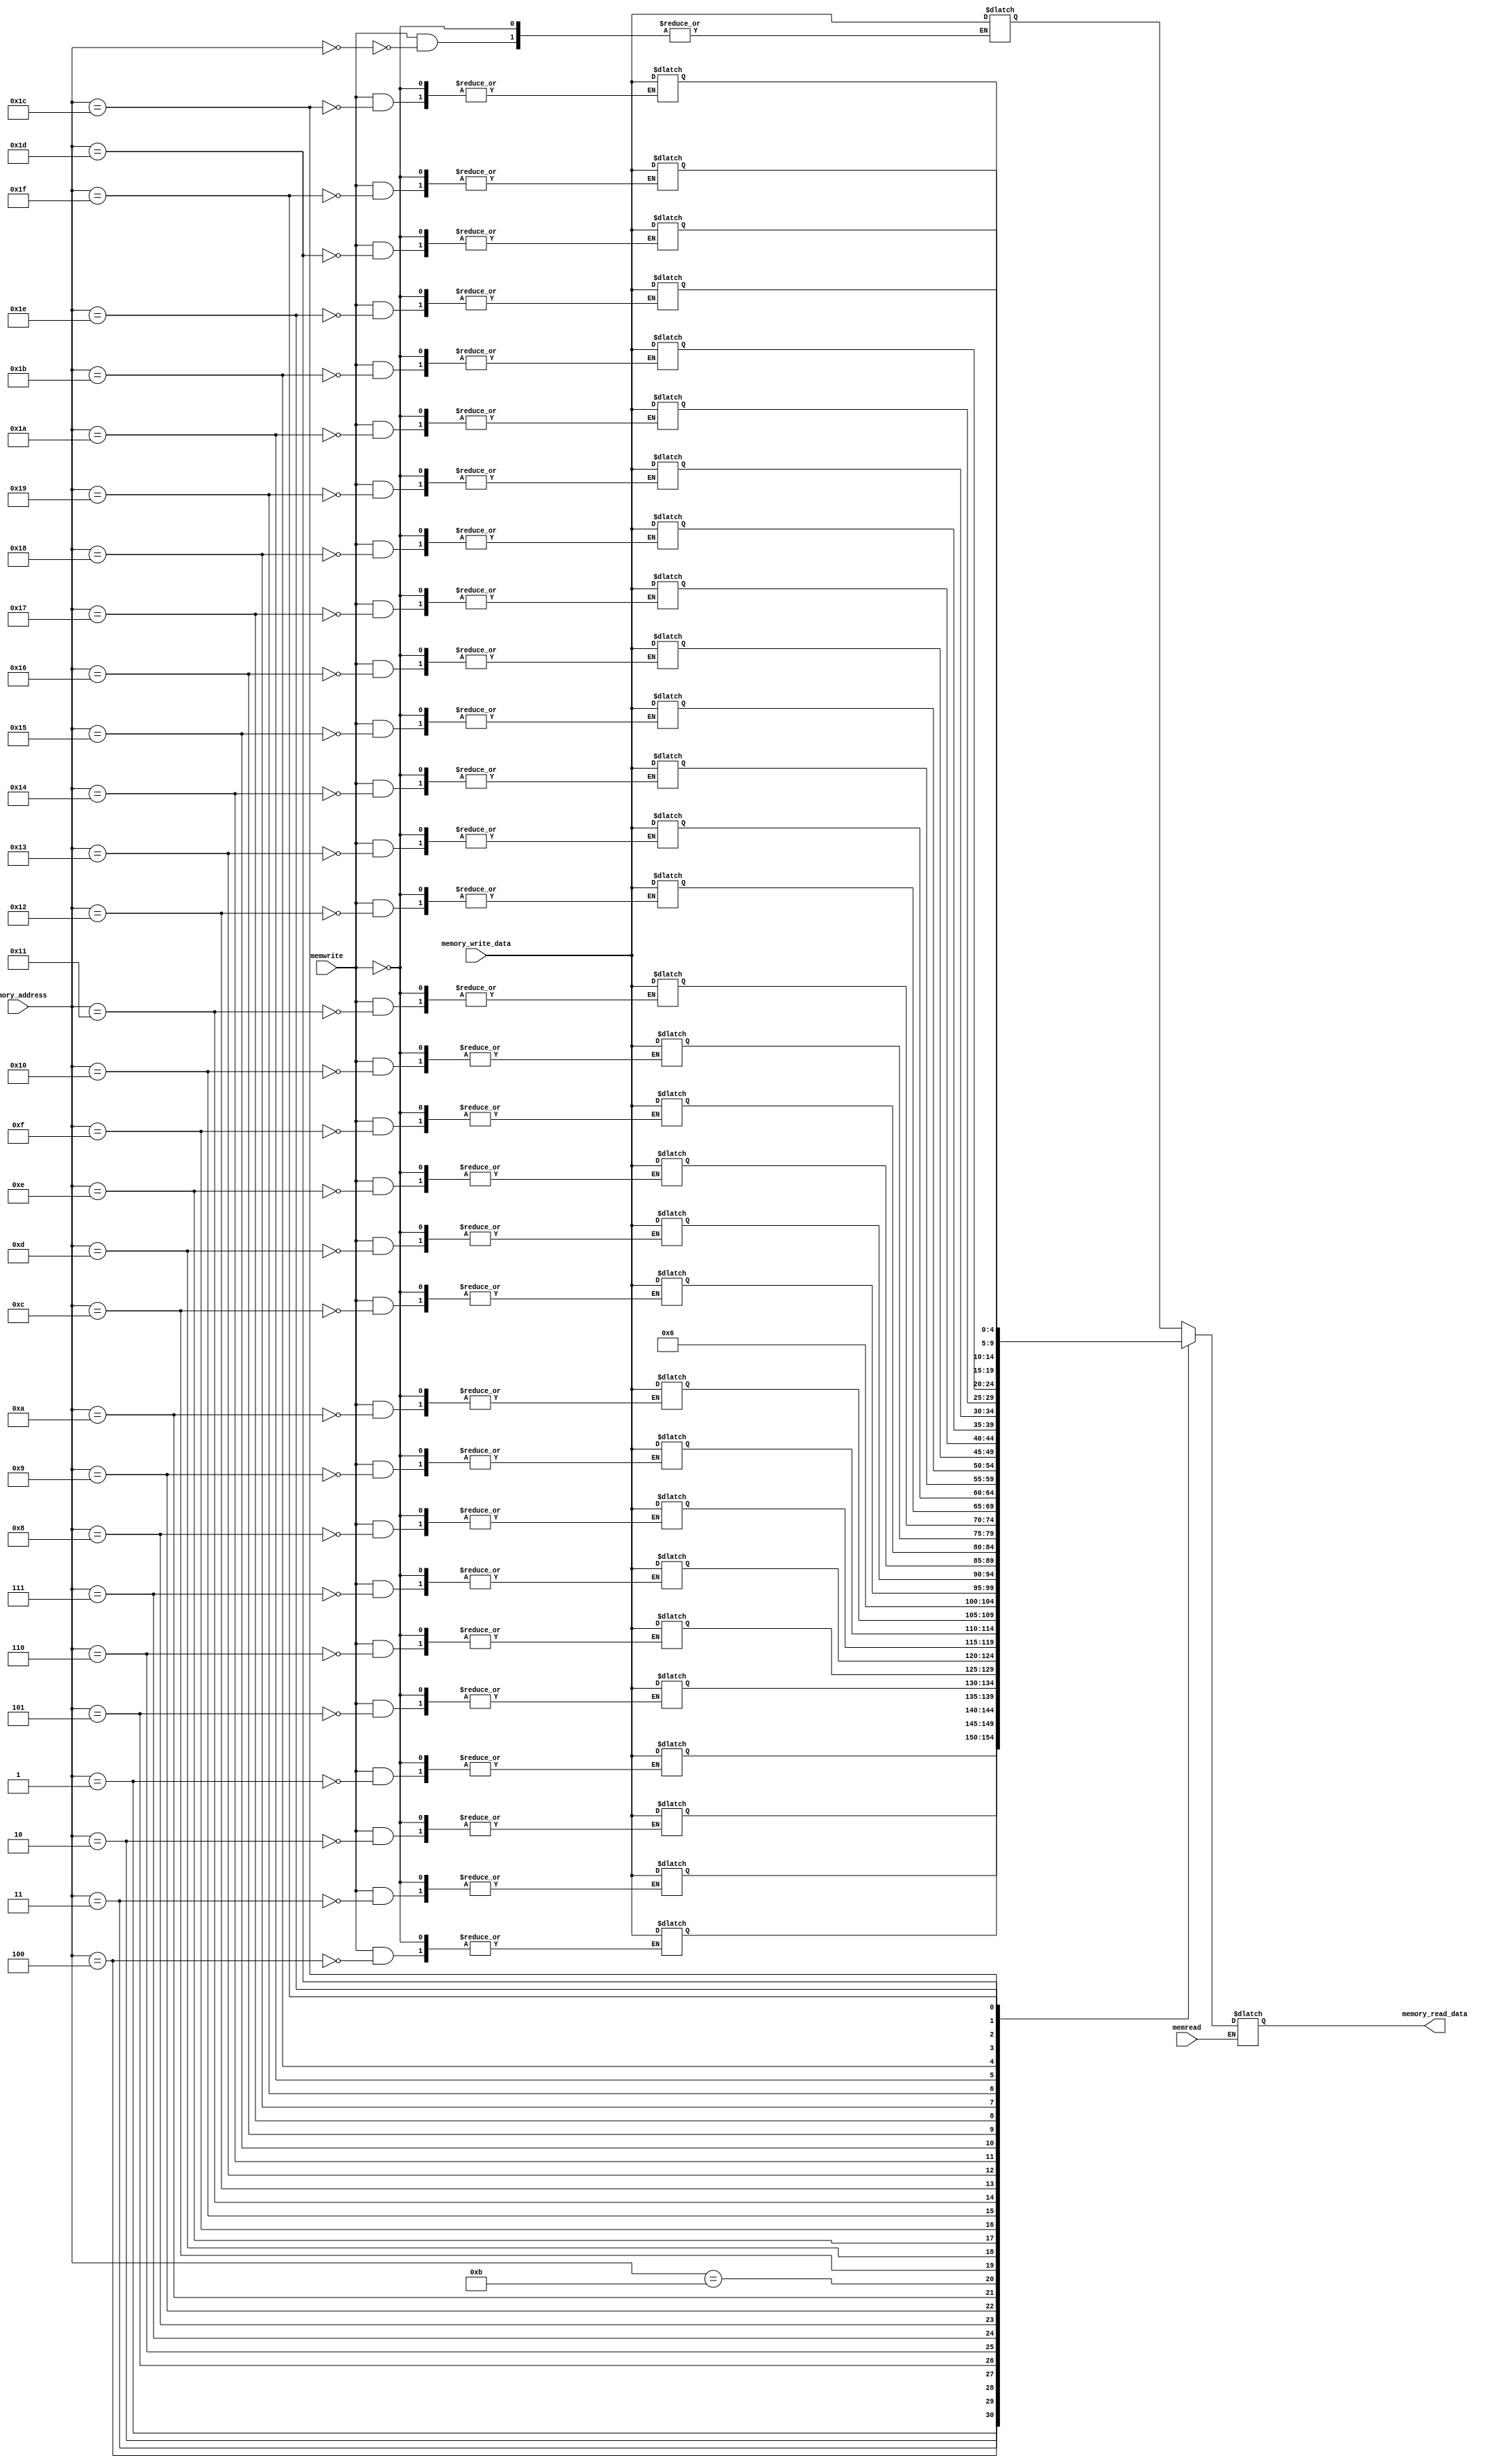
`timescale 1ns / 1ps
//////////////////////////////////////////////////////////////////////////////////
// Company: 
// 
// Design Name: 
// Module Name: data_memory
// Project Name: 
// Target Devices: 
// Tool Versions: 
// Description: 
// 
// Dependencies: 
// 
// Revision:
// Revision 0.01 - File Created
// Additional Comments:
// 
//////////////////////////////////////////////////////////////////////////////////


module data_memory(
     input memwrite,
     input memread,
     input[4:0] memory_write_data,
     input[4:0] memory_address,
     output reg [4:0] memory_read_data

    );
    integer i;
    reg [4:0] mem [31:0];
    initial begin  
           for(i=0;i<=31;i=i+1)  
                mem[i] <= 5'b00000;
      end
      
        
    always@(*) begin
    //memory_read_data = 8'b00000000;
    if (memwrite == 1'b1) begin
         mem[memory_address] <= memory_write_data ;
    end
    
    if (memread == 1'b1) begin
    //mem[11] = 8'b01001101;
    mem[11] = 5'b00110;
    memory_read_data = mem[memory_address];
    end
  // $display (memory_read_data,memread);
    end  
endmodule